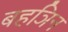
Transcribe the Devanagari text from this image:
बहञिन